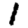
Digit: 1